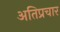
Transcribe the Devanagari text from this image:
अतिप्रचार